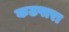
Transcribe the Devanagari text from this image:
कठपारा